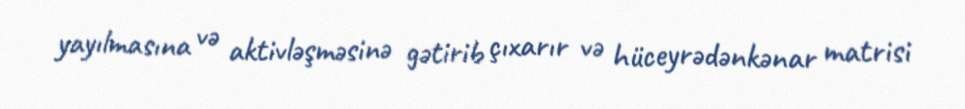
yayılmasına və aktivləşməsinə gətirib çıxarır və hüceyrədənkənar matrisi